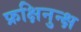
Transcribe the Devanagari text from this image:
फ्रक्षिनुन्क्ष